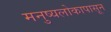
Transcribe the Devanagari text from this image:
मनुष्यलोकापासून